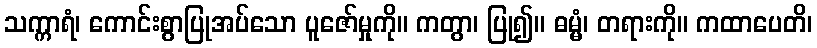
သက္ကာရံ၊ ကောင်းစွာပြုအပ်သော ပူဇော်မှုကို။ ကတွာ၊ ပြု၍။ ဓမ္မံ၊ တရားကို။ ကထာပေတိ၊